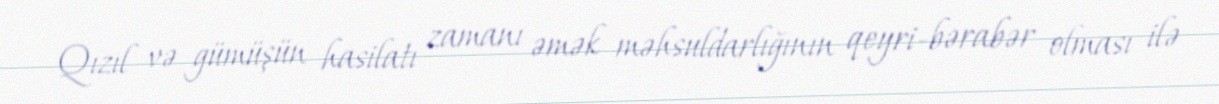
Qızıl və gümüşün hasilatı zamanı əmək məhsuldarlığının qeyri-bərabər olması ilə